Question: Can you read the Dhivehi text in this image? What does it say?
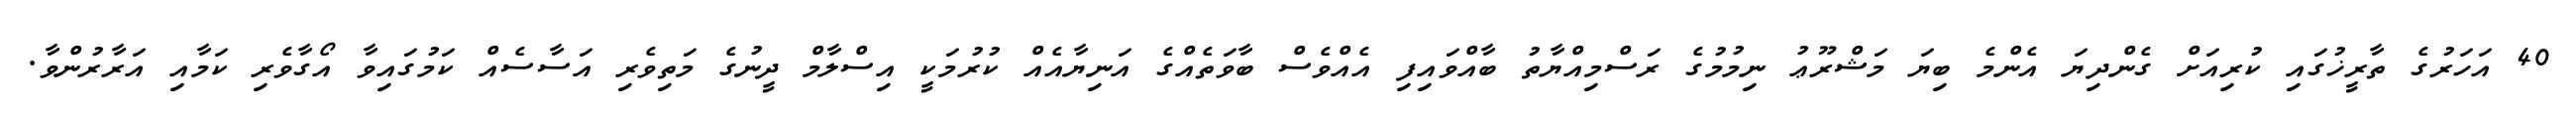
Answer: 40 އަހަރުގެ ތާރީޚުގައި ކުރިއަށް ގެންދިޔަ އެންމެ ބިޔަ މަޝްރޫޢު ނިމުމުގެ ރަސްމިއްޔާތު ބާއްވައިފި އެއްވެސް ބާވަތެއްގެ އަނިޔާއެއް ކުރުމަކީ އިސްލާމް ދީނުގެ މަތިވެރި އަސާސެއް ކަމުގައިވާ އޯގާވެރި ކަމާއި އަރާރުންވާ.